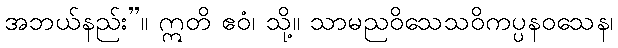
အဘယ်နည်း”။ ဣတိ ဧဝံ၊ သို့။ သာမညဝိသေသဝိကပ္ပနဝသေန၊